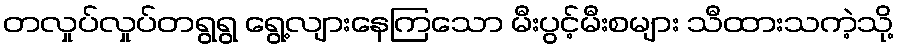
တလှုပ်လှုပ်တရွရွ ရွေ့လျားနေကြသော မီးပွင့်မီးစများ သီထားသကဲ့သို့